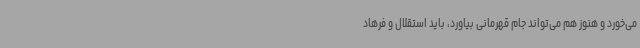
می‌خورد و هنوز هم می‌تواند جام قهرمانی بیاورد، باید استقلال و فرهاد